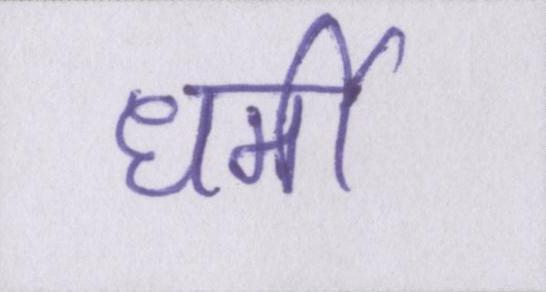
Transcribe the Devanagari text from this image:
धर्मी